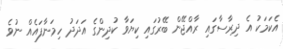
އެކަމަކު އެ ދިރާސާގައި ރާއްޖޭން ބޭރުގައި ކިޔަވާ ކުދިންގެ އަދަދު ހިމަނާފައެއް ނުވެ